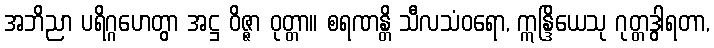
အဘိညာ ပရိဂ္ဂဟေတွာ အဋ္ဌ ဝိဇ္ဇာ ဝုတ္တာ။ စရဏန္တိ သီလသံဝရော, ဣန္ဒြိယေသု ဂုတ္တဒွါရတာ,